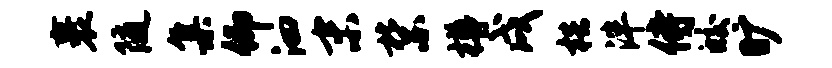
裹随集仰泗末禁樽戌梏泮侍皎旷